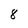
Character: 8